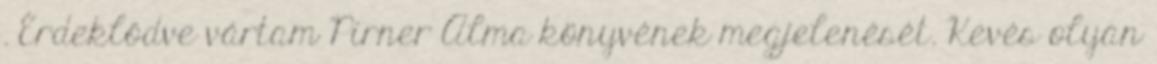
. Érdeklődve vártam Pirner Alma könyvének megjelenését. Kevés olyan